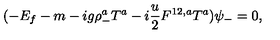
( - E _ { f } - m - i g \rho _ { - } ^ { a } { T } ^ { a } - i \frac { u } { 2 } F ^ { 1 2 , a } { T } ^ { a } ) \psi _ { - } = 0 ,